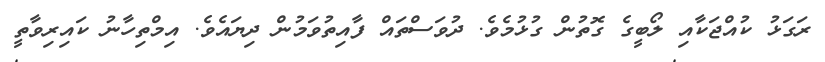
ރަގަޅު ކުއްޖަކާއި ލޯބީގެ ގޮތުން ގުޅުމެވެ. ދުވަސްތައް ފާއިތުވަމުން ދިޔައެވެ. އިމްތިހާނު ކައިރިވާތީ